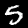
Label: 5